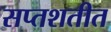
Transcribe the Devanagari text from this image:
सप्तशतीत